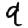
Digit: 9